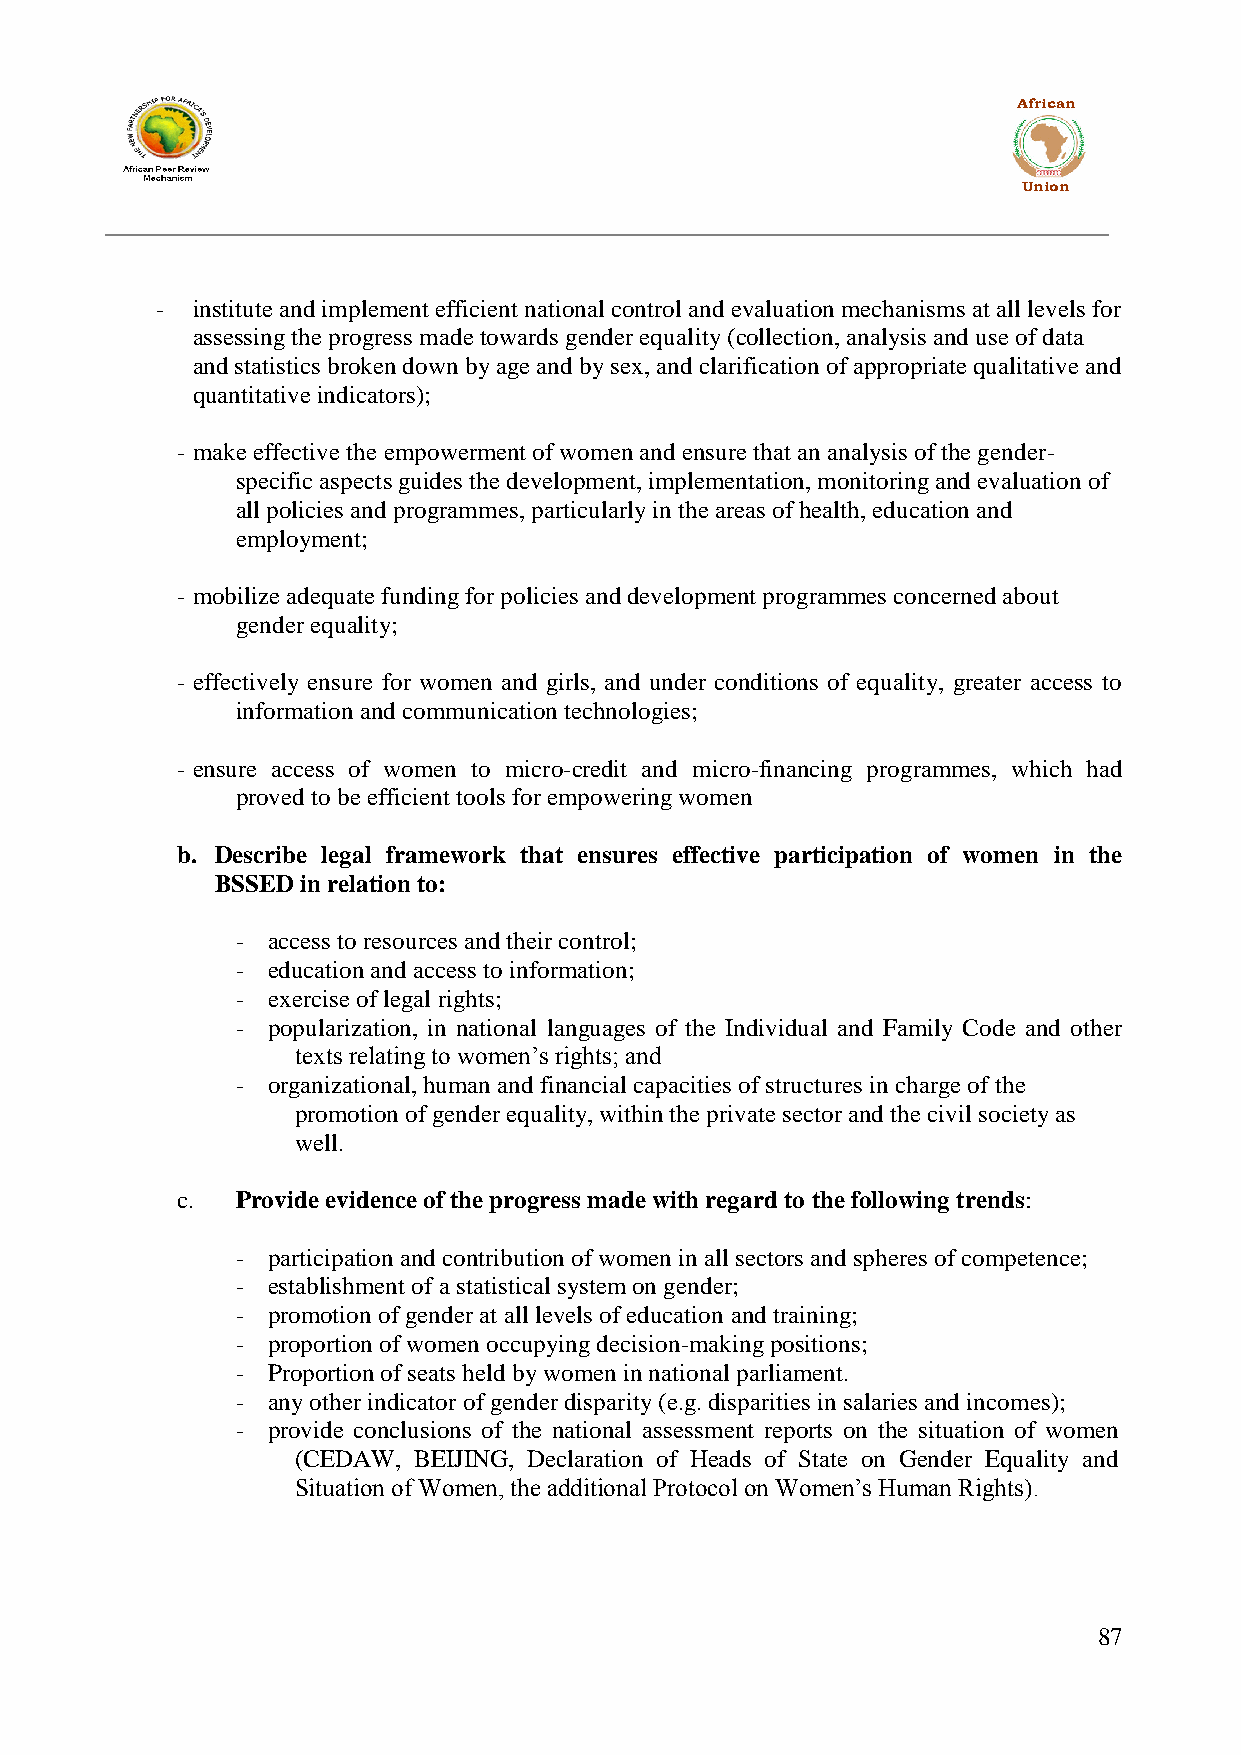
African
 Union
 -  institute and implement efficient national control and evaluation mechanisms at all levels for
 assessing the progress made towards gender equality (collection, analysis and use of data
 and statistics broken down by age and by sex, and clarification of appropriate qualitative and
 quantitative indicators);
 - make effective the empowerment of women and ensure that an analysis of the gender-
 specific aspects guides the development, implementation, monitoring and evaluation of
 all policies and programmes, particularly in the areas of health, education and
 employment;
 - mobilize adequate funding for policies and development programmes concerned about
 gender equality;
 - effectively ensure for women and girls, and under conditions of equality, greater access to
 information and communication technologies;
 - ensure access of women to micro-credit and micro-financing programmes, which had
 proved to be efficient tools for empowering women
 b. Describe legal framework that ensures effective participation of women in the
 BSSED in relation to:
 - access to resources and their control;
 - education and access to information;
 - exercise of legal rights;
 - popularization, in national languages of the Individual and Family Code and other
 texts relating to women‟s rights; and
 - organizational, human and financial capacities of structures in charge of the
 promotion of gender equality, within the private sector and the civil society as
 well.
 c.  Provide evidence of the progress made with regard to the following trends:
 - participation and contribution of women in all sectors and spheres of competence;
 - establishment of a statistical system on gender;
 - promotion of gender at all levels of education and training;
 - proportion of women occupying decision-making positions;
 - Proportion of seats held by women in national parliament.
 - any other indicator of gender disparity (e.g. disparities in salaries and incomes);
 - provide conclusions of the national assessment reports on the situation of women
 (CEDAW, BEIJING, Declaration of Heads of State on Gender Equality and
 Situation of Women, the additional Protocol on Women‟s Human Rights).
 87